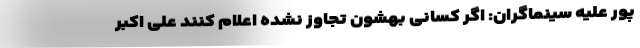
پور علیه سینماگران: اگر کسانی بهشون تجاوز نشده اعلام کنند علی اکبر